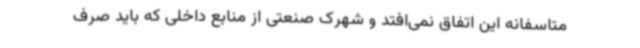
متاسفانه این اتفاق نمی‌افتد و شهرک صنعتی از منابع داخلی که باید صرف